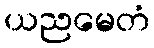
ယညမေတံ